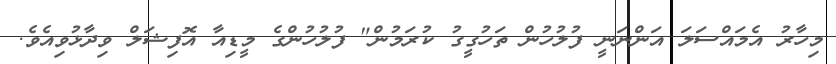
މިހާރު އެމައްސަލަ އަންނަނީ ފުލުހުން ތަހުގީގު ކުރަމުން" ފުލުހުންގެ މީޑިއާ އޮފިޝަލް ވިދާޅުވިއެވެ.